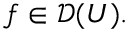
f \in { \mathcal { D } } ( U ) .